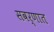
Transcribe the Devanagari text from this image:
सवर्णात